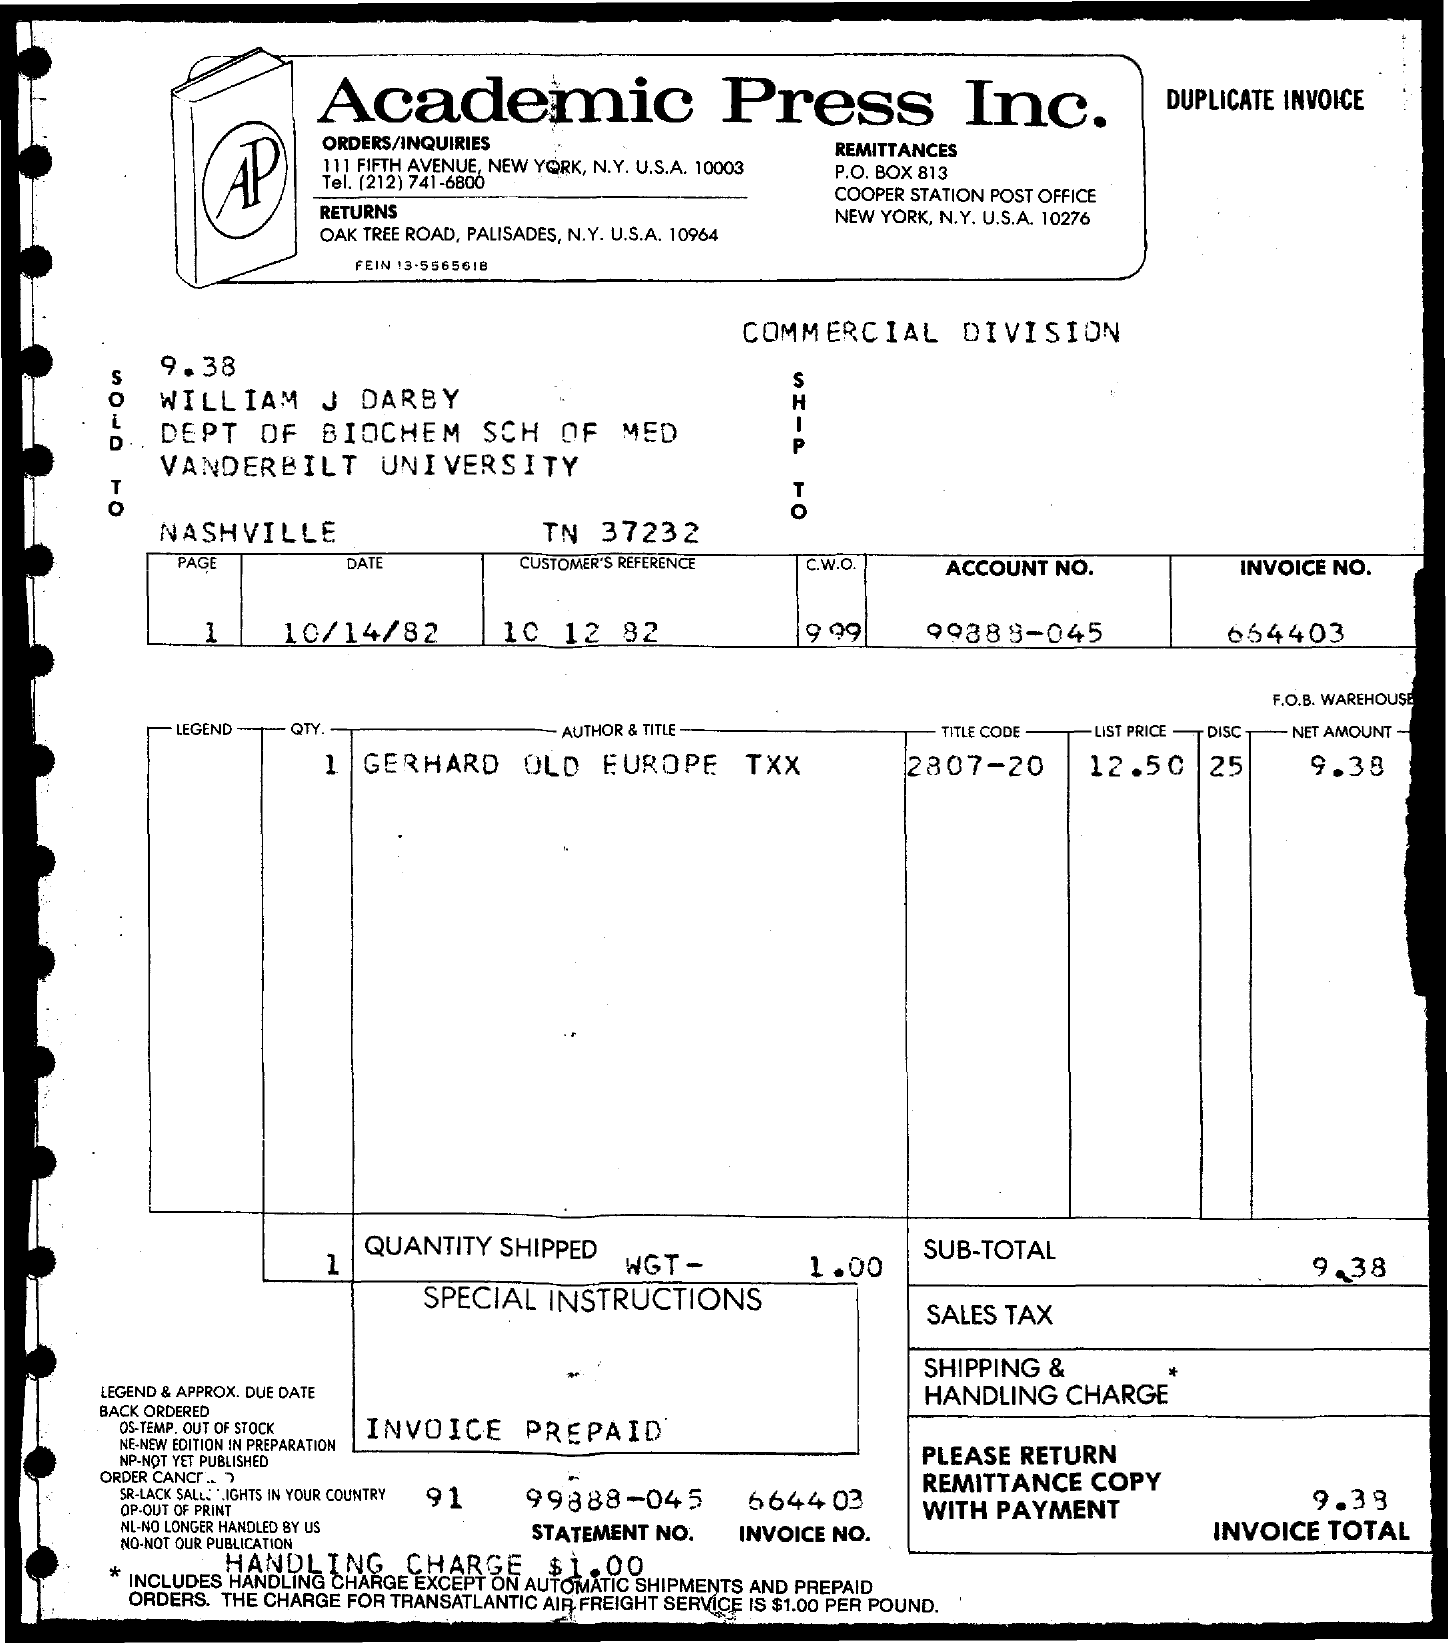
Academic    Press    Inc.    DUPLICATE INVOICE
     AP
     ORDERS/INQUIRIES
     111 FIFTH AVENUE, NEW YORK, N.Y. U.S.A. 10003
     REMITTANCES
     Tel. (212) 741-6800
     P.O. BOX 813
     RETURNS
     COOPER STATION POST OFFICE
     OAK TREE ROAD, PALISADES, N.Y. U.S.A. 10964
     NEW YORK, N.Y. U.S.A. 10276
     FEIN :3-5565618
     COMMERCIAL    DIVISION
     9.38
     WILLIAM    J  DARBY    H
     D   DEPT    OF   BIOCHEM    SCH   OF   MED
     VANDERBILT    UNIVERSITY
     P
     NASHVILLE    TN  37232
     PAGE    DATE    CUSTOMER'S REFERENCE   C.W.C    ACCOUNT NO.    INVOICE NO.
     1    10/14/82    1C   12   82    9.99    99888-045    664403
     F.O.B. WAREHOUSE
     LEGEND - QTY    AUTHOR & TITLE-    TITLE CODE  LIST PRICE- DIŚĆ NET AMOUNT -
     1  GERHARD    OLD   EUROPE    TXX    2807-20    12.50    25    9.38
     QUANTITY   SHIPPED
     WGT  -    1.00
     SUB-TOTAL
     9.38
     SPECIAL   INSTRUCTIONS
     SALES  TAX
     SHIPPING  &
     LEGEND & APPROX. DUE DATE    HANDLING   CHARGE
     BACK ORDERED
     OS-TEMP. OUT OF STOCK INVOICE   PREPAID
     NE-NEW EDITION IN PREPARATION
     NP.NOT YET PUBLISHED    PLEASE  RETURN
     ORDER CANCr .. 7
     SR-LACK SALL: 'LIGHTS IN YOUR COUNTRY
     OP-OUT OF PRINT
     91    99888-045    6644   03
     REMITTANCE   COPY
     WITH  PAYMENT    9.39
     NL-NO LONGER HANDLED BY US
     NO-NOT OUR PUBLICATION
     STATEMENT NO.   INVOICE NO.    INVOICE  TOTAL
     * 1    HANDLING    CHARGE
     INCLUDES HANDLING CHARGE EXCEPT ON AUTOMATIC SHIPMENTS AND PREPAID
     $1.00
     ORDERS. THE CHARGE FOR TRANSATLANTIC AIR FREIGHT SERVICE IS $1.00 PER POUND.